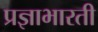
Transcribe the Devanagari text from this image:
प्रज्ञाभारती